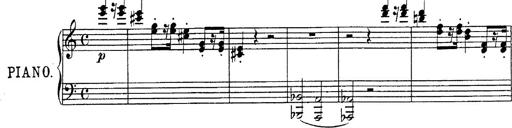
Title: Fantasie Ã¼ber Themen aus Mozarts Figaro und Don Giovanni
Composer: Franz Liszt